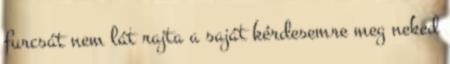
furcsát nem lát rajta a saját kérdesemre meg neked